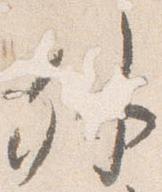
外